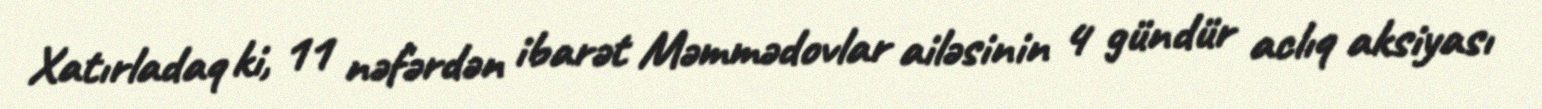
Xatırladaq ki, 11 nəfərdən ibarət Məmmədovlar ailəsinin 4 gündür aclıq aksiyası